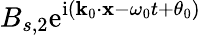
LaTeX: B_{s,2}\mathrm{e}^{\mathrm{i}(\mathbf{k}_{0}\cdot\mathbf{x}-\omega_{0}t+\theta_{0})}